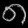
Digit: ၈